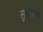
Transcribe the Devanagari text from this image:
सुर्पारक